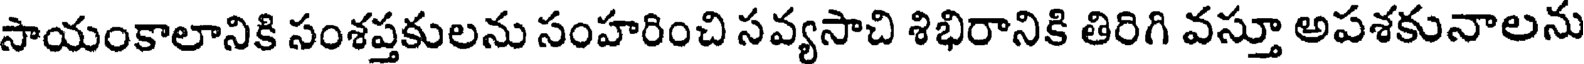
సాయంకాలానికి సంశప్తకులను సంహరించి సవ్యసాచి శిభిరానికి తిరిగి వస్తూ అపశకునాలను